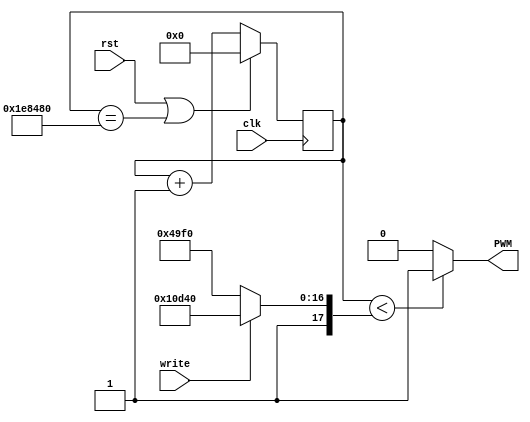
`timescale 1ns / 1ps
//////////////////////////////////////////////////////////////////////////////////
// Company: 
// Engineer: 
// 
// Design Name: 
// Module Name: servo_motor
// Project Name: 
// Target Devices: 
// Tool Versions: 
// Description: 
// 
// Dependencies: 
// 
// Revision:
// Revision 0.01 - File Created
// Additional Comments:
// 
//////////////////////////////////////////////////////////////////////////////////

module servo_motor(
  input clk,
  input rst,
  input write,
  output reg PWM
  );
  
wire [20:0] move = (write) ? 21'd200000 : 21'd150000;
reg [20:0] count;
    
always @ (posedge clk) begin
    if (rst == 1'b1 || count == 21'd2000000) 
		count <= 21'b0;
	else
		count <= count + 1'b1;
	end
	
always @ (*) begin
	if (count < move)
		begin
		PWM = 1'b1;
		end
	else 
		begin
		PWM = 1'b0;
		end
	end	

endmodule